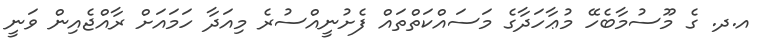
އ.ދ. ގެ މޫސުމާބެހޭ މުޢާހަދާގެ މަސައްކަތްތައް ފެށުނީއްސުރެ މިއަދާ ހަމައަށް ރާއްޖެއިން ވަނީ